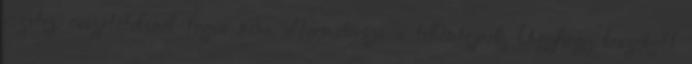
rizstej, összetételénél fogva nem alternatívája a tehéntejnek. Úgyhogy beszokott